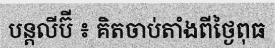
បន្តលីប៊ី ៖ គិតចាប់តាំងពីថ្ងៃពុធ